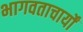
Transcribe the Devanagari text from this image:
भागवताचार्यों